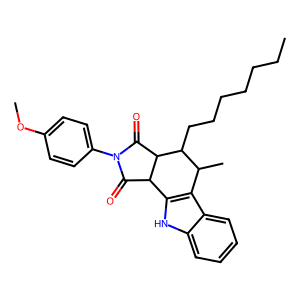
SMILES: CCCCCCCC1C(C)c2c([nH]c3ccccc23)C2C(=O)N(c3ccc(OC)cc3)C(=O)C21
Inhibits HIV replication: No